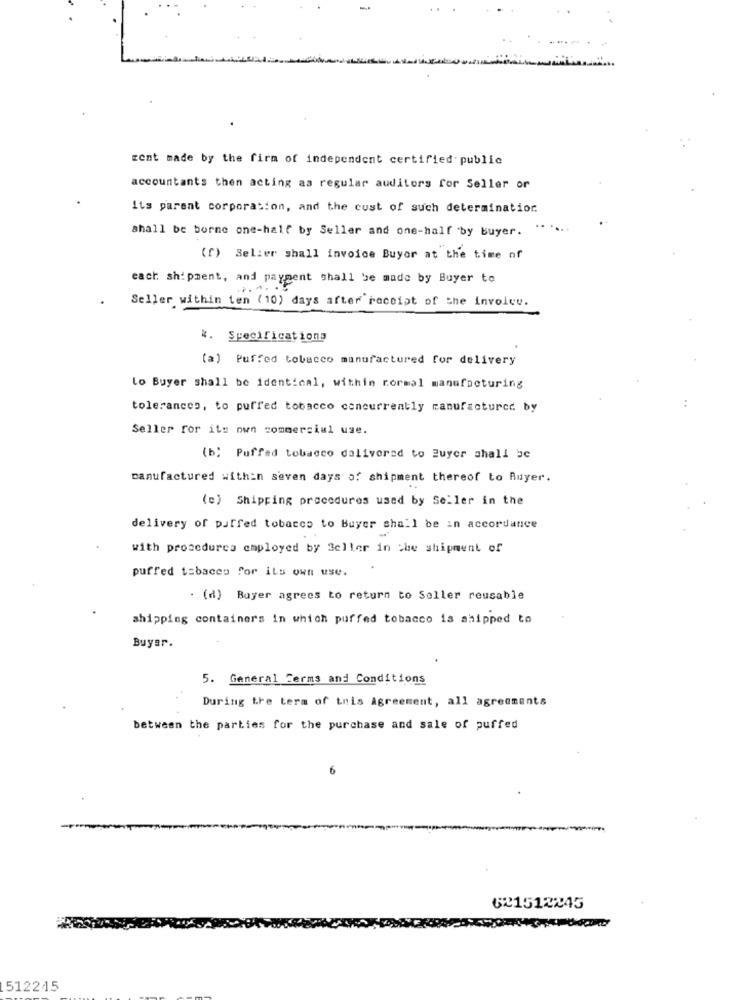
zent made by the firm of independent certified public
accountants then acting as regular auditors for Seller or
Its parent corporation, and the cust of such determinatior.
shall be borne one-half by Seller and one-half by buyer.
(f) Selier shall invoice Buyor at the time of
each shipment, and payment shall be made by Buyer to
Seller within ten (10) days after receipt of the invoice.
4. Specifications
(a) Puffed tobacco manufactured for delivery
Lo Buyer shall be identical, within normal manufacturing
tolerances, to puffed tobacco concurrently manufactured by
Seller for its own commercial use.
(b) Puffed tobacco dalivorad to Buyer shall be
manufactured within seven days of shipment thereof to Buyer.
(c) Shipping procedures used by Seller in the
delivery of puffed tobacco to Buyer shall be in accordance
with procedures employed by Seller in the shipment of
puffed tabacco for its own use.
. (d) Buyer agrees to return to Seller reusable
shipping container's in which puffed tobacco is shipped to
Buyer.
5. General Terms and Conditions
During the term of inis Agreement, all agreements
between the parties for the purchase and sale of puffed
6
621512245
512245